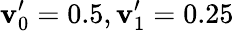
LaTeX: \mathbf{v}_{0}^{\prime}=0.5,\mathbf{v}_{1}^{\prime}=0.25